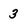
Character: 3